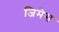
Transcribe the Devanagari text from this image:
जिमेस